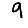
Digit: 9